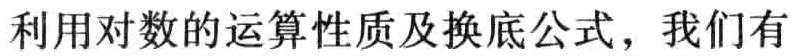
利用对数的运算性质及换底公式，我们有